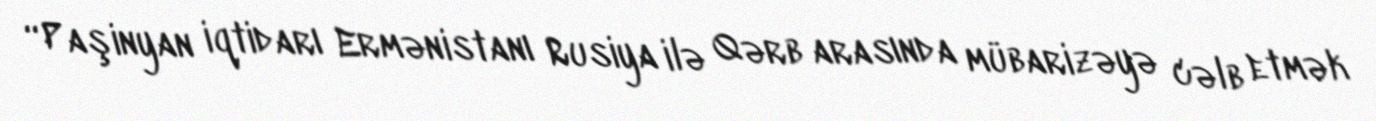
“Paşinyan iqtidarı Ermənistanı Rusiya ilə Qərb arasında mübarizəyə cəlb etmək